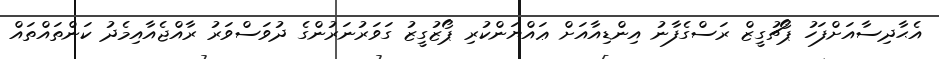
އެޙާދިސާއަށްފަހު ޕޯޗުގީޒް ރަސްގެފާނު އިންޑިއާއަށް ޢައްޔަންކުރި ޕޯޒުގީޒު ގަވަރުނަރުންގެ ދުވަސްވަރު ރާއްޖެއާއިމެދު ކަންތައްތައް